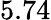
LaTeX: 5.74